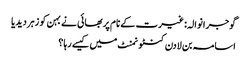
گوجرانوالہ: غیرت کے نام پر بھائی نے بہن کو زہر دیدیا
اسامہ بن لادن کنٹونمنٹ میں کیسے رہا ؟